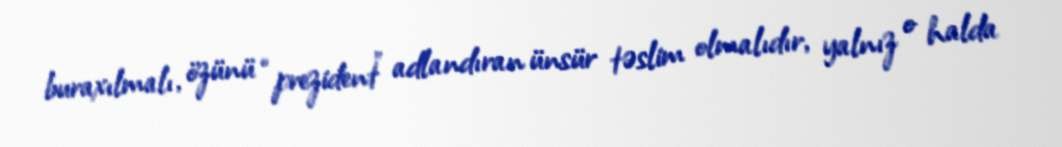
buraxılmalı, özünü “prezident” adlandıran ünsür təslim olmalıdır, yalnız o halda